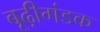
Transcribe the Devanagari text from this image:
बूढ़ीगंडक